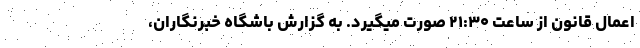
اعمال قانون از ساعت ۲۱:۳۰ صورت میگیرد. به گزارش باشگاه خبرنگاران،